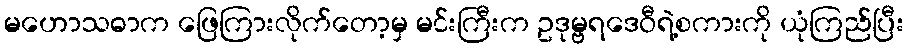
မဟောသဓာက ဖြေကြားလိုက်တော့မှ မင်းကြီးက ဥဒုမ္ဗရဒေဝီရဲ့စကားကို ယုံကြည်ပြီး